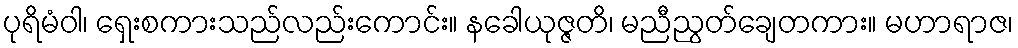
ပုရိမံဝါ၊ ရှေးစကားသည်လည်းကောင်း။ နခေါယုဇ္ဇတိ၊ မညီညွတ်ချေတကား။ မဟာရာဇ၊